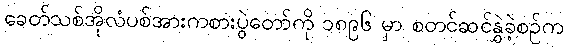
ခေတ်သစ်အိုလံပစ်အားကစားပွဲတော်ကို ၁၈၉၆ မှာ စတင်ဆင်နွှဲခဲ့စဉ်က